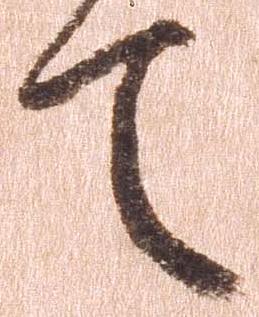
て